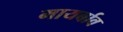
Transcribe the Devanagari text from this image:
मायर्बाव